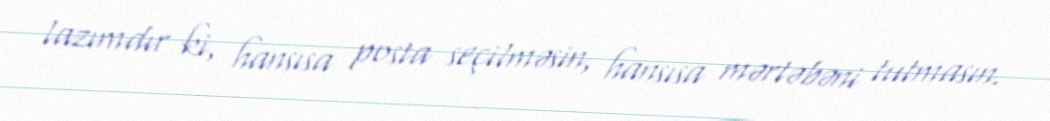
lazımdır ki, hansısa posta seçilməsin, hansısa mərtəbəni tutmasın.